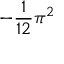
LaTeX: - { \frac { 1 } { 1 2 } } \pi ^ { 2 }